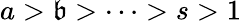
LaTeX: a>\mathfrak{b}>\dots>s>1